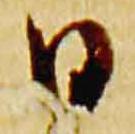
日